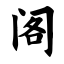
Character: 阁